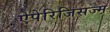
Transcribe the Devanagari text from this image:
ऐपेरिजिसज्म़